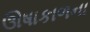
ઊષાકાળના